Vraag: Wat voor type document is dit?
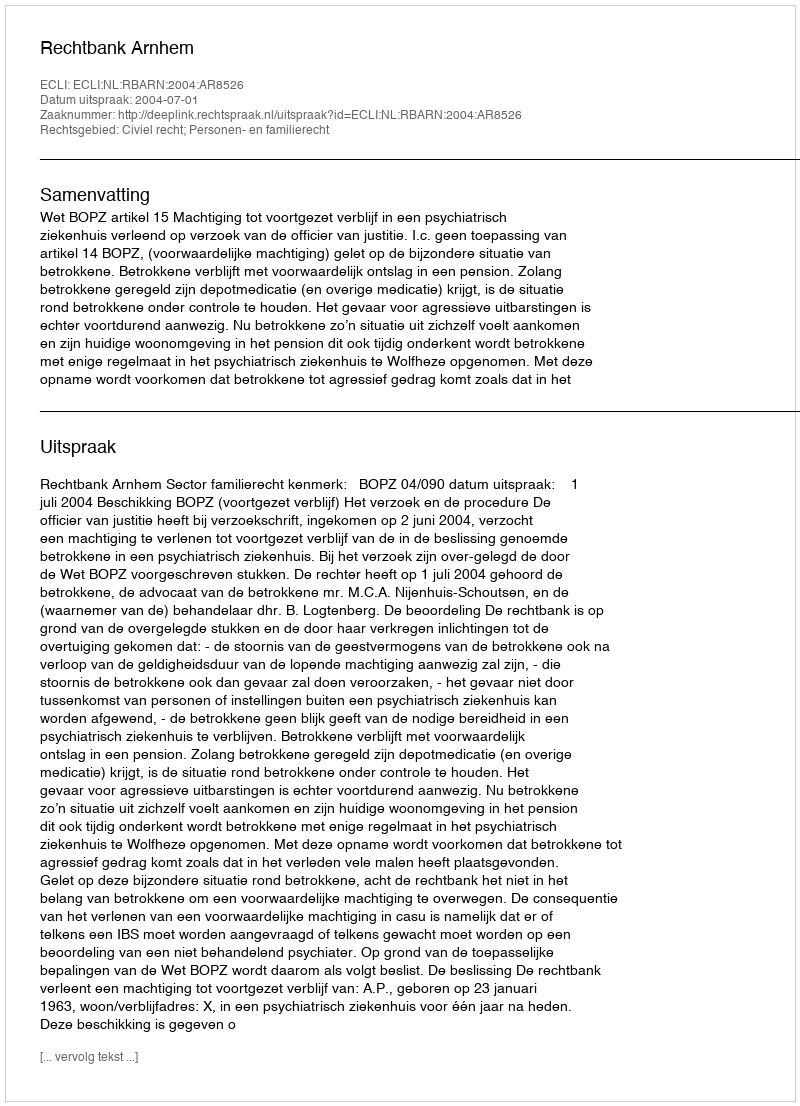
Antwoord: Uitspraak